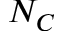
N _ { C }